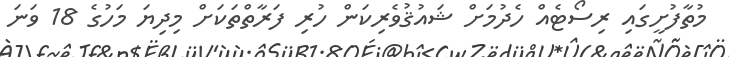
މުތާފުށީގައި ރިސޯޓެއް ހެދުމަށް ޝައުޤުވެރިކަން ހުރި ފަރާތްތަކަށް މިދިޔަ މަހުގެ 18 ވަނަ